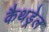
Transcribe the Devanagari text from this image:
कैथड्रेल